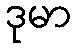
ဒုမာ